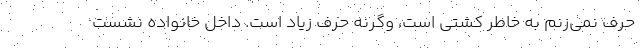
حرف نمی‌زنم به خاطر کشتی است، وگرنه حرف زیاد است. داخل خانواده نشست